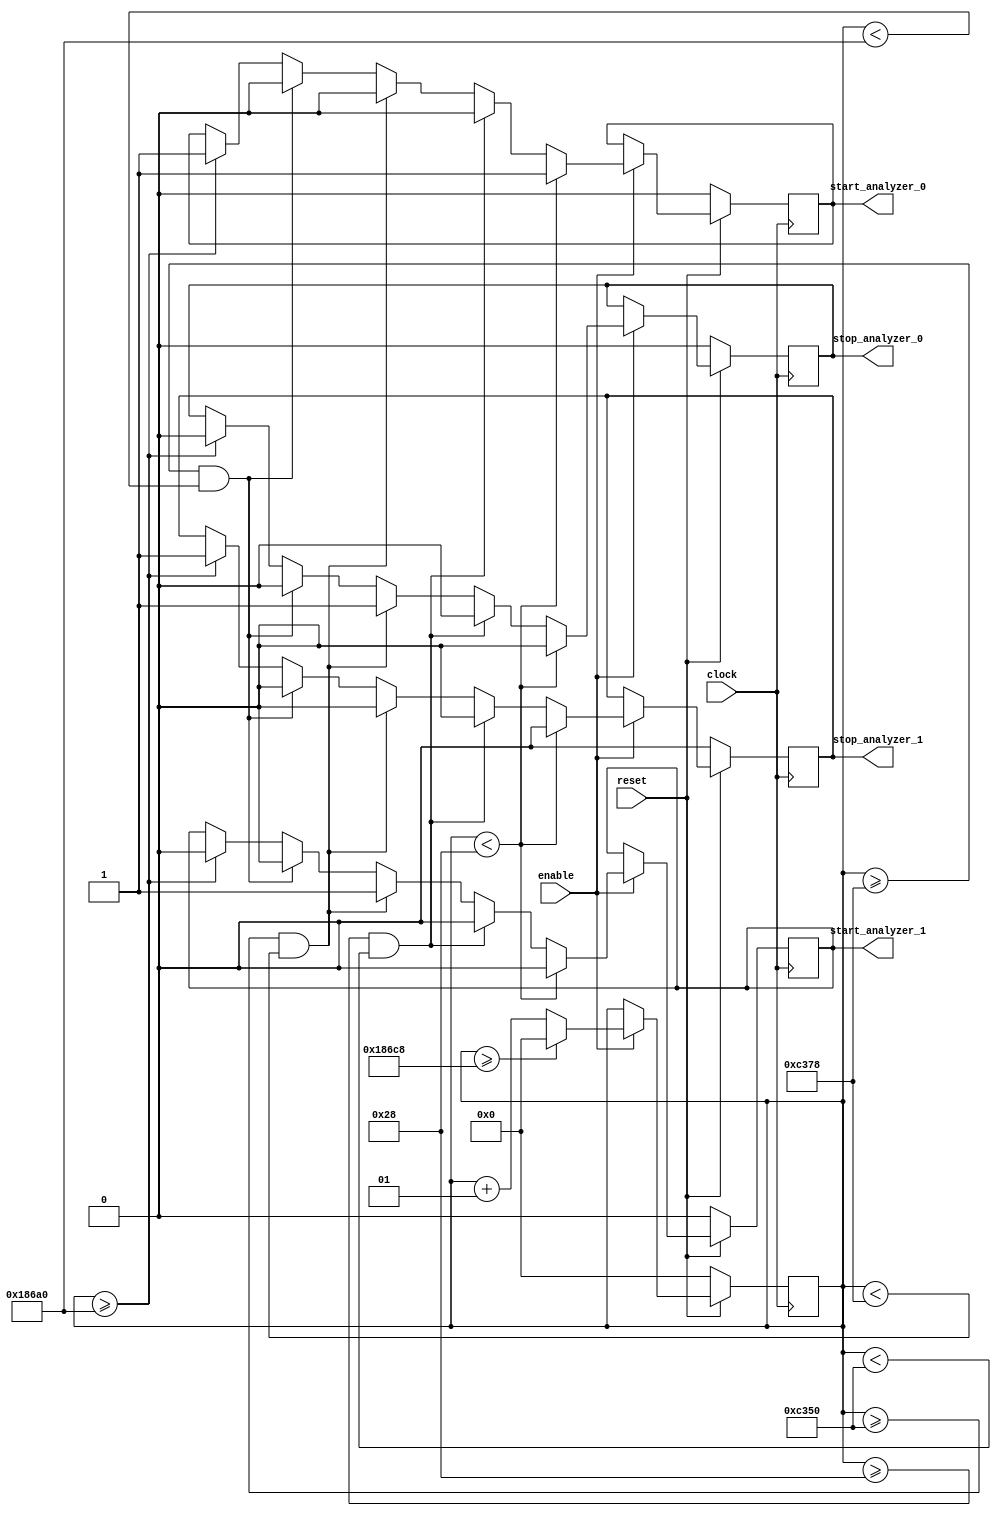
module frequency_analyzer_synch_1 #
(
    parameter integer CLOCK = 100000000,
    parameter integer FREQUENCY = 2000
)
(
    input wire clock,
    input wire reset,
    input wire enable,
    output reg start_analyzer_0,
    output reg stop_analyzer_0,
    output reg start_analyzer_1,
    output reg stop_analyzer_1
);
    localparam integer frequency_ticks = CLOCK / FREQUENCY;
    localparam integer signal_delay = 40;
    integer clock_counter;
	always @(posedge clock) 
	begin
	    if(!reset)
		    clock_counter <= 0;
	    else if(enable) 
	    begin
            clock_counter <= clock_counter + 1;      
            if(clock_counter >= frequency_ticks + frequency_ticks + signal_delay)
                clock_counter <= 0;
		end
	end
	always @(posedge clock) 
	begin
	    if(!reset) 
	    begin
		    start_analyzer_0 <= 0;
			stop_analyzer_0 <= 0;
			start_analyzer_1 <= 0;
			stop_analyzer_1 <= 0;
		end
		else if(enable) 
		begin
            if(clock_counter < signal_delay) 
            begin
                start_analyzer_0 <= 1;
                stop_analyzer_0 <= 0;
                start_analyzer_1 <= 0;
                stop_analyzer_1 <= 0;
            end
            else if(clock_counter >= signal_delay && clock_counter < frequency_ticks) 
            begin
                start_analyzer_0 <= 0;
                stop_analyzer_0 <= 0;
                start_analyzer_1 <= 0;
                stop_analyzer_1 <= 0;
            end
            else if(clock_counter >= frequency_ticks && clock_counter < frequency_ticks + signal_delay) 
            begin
                start_analyzer_0 <= 0;
                stop_analyzer_0 <= 1;
                start_analyzer_1 <= 1;
                stop_analyzer_1 <= 0;
            end
            else if(clock_counter >= frequency_ticks + signal_delay && clock_counter < frequency_ticks + frequency_ticks) 
            begin
                start_analyzer_0 <= 0;
                stop_analyzer_0 <= 0;
                start_analyzer_1 <= 0;
                stop_analyzer_1 <= 0;
            end
            else if(clock_counter >= frequency_ticks + frequency_ticks) 
            begin
                start_analyzer_0 <= 1;
                stop_analyzer_0 <= 0;
                start_analyzer_1 <= 0;
                stop_analyzer_1 <= 1;
            end
        end
    end
endmodule